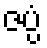
ဇပ္ပံ